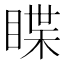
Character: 䁋